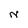
Character: N